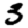
Digit: 3